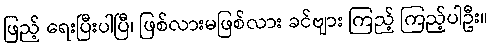
ဖြည့် ရေးပြီးပါပြီ၊ ဖြစ်လားမဖြစ်လား ခင်ဗျား ကြည့် ကြည့်ပါဦး။